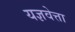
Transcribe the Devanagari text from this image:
यज्ञवेत्ता